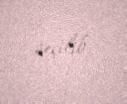
seçilib.